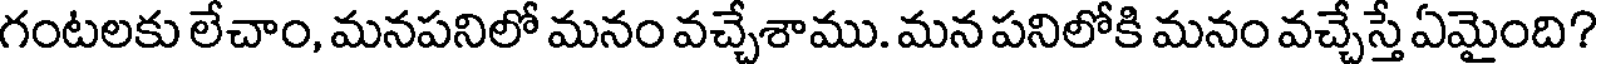
గంటలకు లేచాం, మనపనిలో మనం వచ్చేశాము. మన పనిలోకి మనం వచ్చేస్తే ఏమైంది?